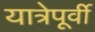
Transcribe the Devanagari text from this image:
यात्रेपूर्वी